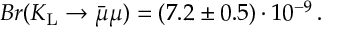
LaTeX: B r ( K _ { \mathrm { L } } \to \bar { \mu } \mu ) = ( 7 . 2 \pm 0 . 5 ) \cdot 1 0 ^ { - 9 } \, .